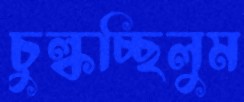
চুল্‌কচ্ছিলুম